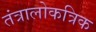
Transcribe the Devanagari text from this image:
तंत्रालोकत्रिक